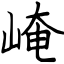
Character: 崦